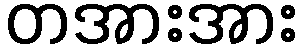
တအားအား